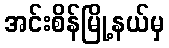
အင်းစိန်မြို့နယ်မှ